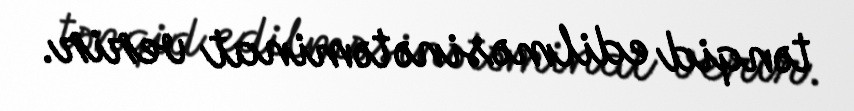
tənqid edilməsinə təminat verir.